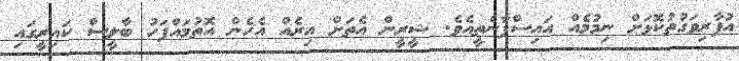
އުފާރިވަގުތުކޮޅަށް ނިމުމެއް އައިސްފާނެތީއެވެ. ޝީރީން އެތަށް އިރެއް އެހެން އޮތުމައްފަހު ބާލީސް ކައިރީގައި